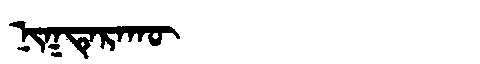
Manchu: ᠨᡳᡴᡨᡝᡵᠠᡴᡡ
Romanization: NIKTERAKŪ